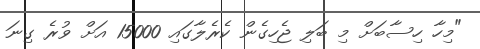
"މިހާ ހިސާބަށް މި ބަލި ޖެހިގެން ކެރެލާގައި 15000 އަށް ވުރެ ގިނަ